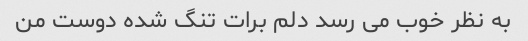
به نظر خوب می رسد دلم برات تنگ شده دوست من